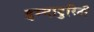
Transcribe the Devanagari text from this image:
इम्माटुरिटी